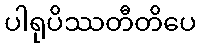
ပါရုပိဿတီတိပေ